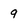
Character: 9